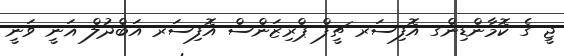
ޖީ ގެ ކޮމާންޑިންގ އޮފިސަރ ޗީފް ޕްރިޒަންސް އޮފިސަރ އަބްދުލް ޣަނީ ވަނީ